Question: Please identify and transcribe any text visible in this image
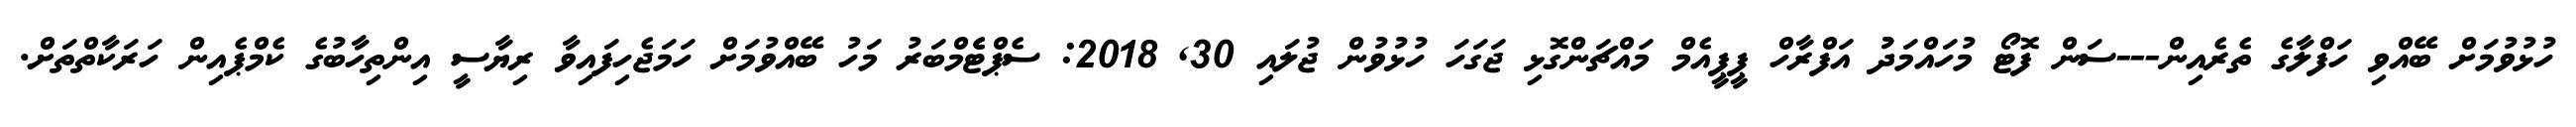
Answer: ހުޅުވުމަށް ބޭއްވި ހަފްލާގެ ތެރެއިން---ސަން ފޮޓޯ މުހައްމަދުު އަފްރާހް ޕީޕީއެމް މައްޗަންގޮޅި ޖަގަހަ ހުޅުވުން ޖުލައި 30, 2018: ސެޕްޓެެމްބަރު މަހު ބޭއްވުމަށް ހަމަޖެހިފައިވާ ރިޔާސީ އިންތިހާބުގެ ކެމްޕެއިން ހަރަކާތްތަށް.